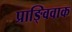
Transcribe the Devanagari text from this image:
प्राङ्विवाक